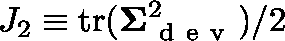
J _ { 2 } \equiv \mathrm { t r } ( \mathbf { \Sigma } _ { \mathrm { ~ d ~ e ~ v ~ } } ^ { 2 } ) / 2